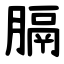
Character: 膈